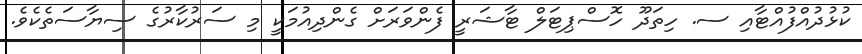
ކުޅުދުއްފުއްޓާއި ސ. ހިތަދޫ ހޮސްޕިޓަލް ޓާޝަރީ ފެންވަރަށް ގެންދިއުމަކީ މި ސަރުކާރުގެ ސިޔާސަތެކެވެ.